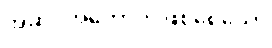
အဆိပ်အတောက်ဖြစ်စေသော